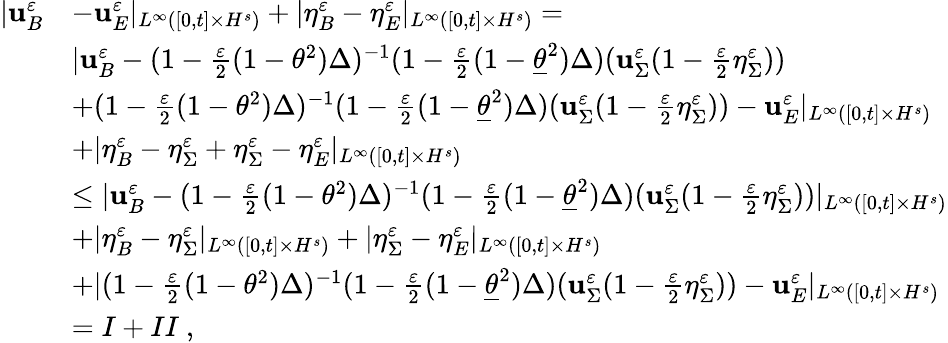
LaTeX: \begin{array}{rl}{|\mathbf{u}_{B}^{\varepsilon}}&{-\mathbf{u}_{E}^{\varepsilon}|_{L^{\infty}([0,t]\times H^{s})}+|\eta_{B}^{\varepsilon}-\eta_{E}^{\varepsilon}|_{L^{\infty}([0,t]\times H^{s})}=}\\ &{|\mathbf{u}_{B}^{\varepsilon}-(1-\frac{\varepsilon}{2}(1-\theta^{2})\Delta)^{-1}(1-\frac{\varepsilon}{2}(1-\underline{{\theta}}^{2})\Delta)(\mathbf{u}_{\Sigma}^{\varepsilon}(1-\frac{\varepsilon}{2}\eta_{\Sigma}^{\varepsilon}))}\\ &{+(1-\frac{\varepsilon}{2}(1-\theta^{2})\Delta)^{-1}(1-\frac{\varepsilon}{2}(1-\underline{{\theta}}^{2})\Delta)(\mathbf{u}_{\Sigma}^{\varepsilon}(1-\frac{\varepsilon}{2}\eta_{\Sigma}^{\varepsilon}))-\mathbf{u}_{E}^{\varepsilon}|_{L^{\infty}([0,t]\times H^{s})}}\\ &{+|\eta_{B}^{\varepsilon}-\eta_{\Sigma}^{\varepsilon}+\eta_{\Sigma}^{\varepsilon}-\eta_{E}^{\varepsilon}|_{L^{\infty}([0,t]\times H^{s})}}\\ &{\leq|\mathbf{u}_{B}^{\varepsilon}-(1-\frac{\varepsilon}{2}(1-\theta^{2})\Delta)^{-1}(1-\frac{\varepsilon}{2}(1-\underline{{\theta}}^{2})\Delta)(\mathbf{u}_{\Sigma}^{\varepsilon}(1-\frac{\varepsilon}{2}\eta_{\Sigma}^{\varepsilon}))|_{L^{\infty}([0,t]\times H^{s})}}\\ &{+|\eta_{B}^{\varepsilon}-\eta_{\Sigma}^{\varepsilon}|_{L^{\infty}([0,t]\times H^{s})}+|\eta_{\Sigma}^{\varepsilon}-\eta_{E}^{\varepsilon}|_{L^{\infty}([0,t]\times H^{s})}}\\ &{+|(1-\frac{\varepsilon}{2}(1-\theta^{2})\Delta)^{-1}(1-\frac{\varepsilon}{2}(1-\underline{{\theta}}^{2})\Delta)(\mathbf{u}_{\Sigma}^{\varepsilon}(1-\frac{\varepsilon}{2}\eta_{\Sigma}^{\varepsilon}))-\mathbf{u}_{E}^{\varepsilon}|_{L^{\infty}([0,t]\times H^{s})}}\\ &{=I+II\ ,}\end{array}